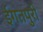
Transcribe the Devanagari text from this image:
ईगतपुरी